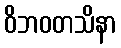
ဝိဘဝတသိနာ